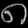
Digit: ၈